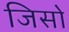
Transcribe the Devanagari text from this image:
जिसो